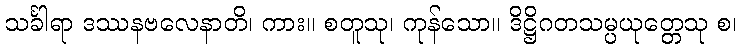
သင်္ခါရာ ဒဿနဗလေနာတိ၊ ကား။ စတူသု၊ ကုန်သော။ ဒိဋ္ဌိဂတသမ္ပယုတ္တေသု စ၊